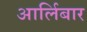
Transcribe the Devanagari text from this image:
आर्लिबार